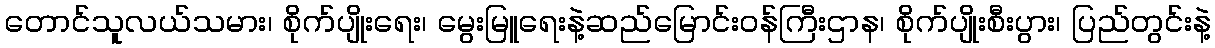
တောင်သူလယ်သမား၊ စိုက်ပျိုးရေး၊ မွေးမြူရေးနဲ့ဆည်မြောင်းဝန်ကြီးဌာန၊ စိုက်ပျိုးစီးပွား၊ ပြည်တွင်းနဲ့